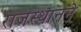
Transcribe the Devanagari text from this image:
राजस्थानने